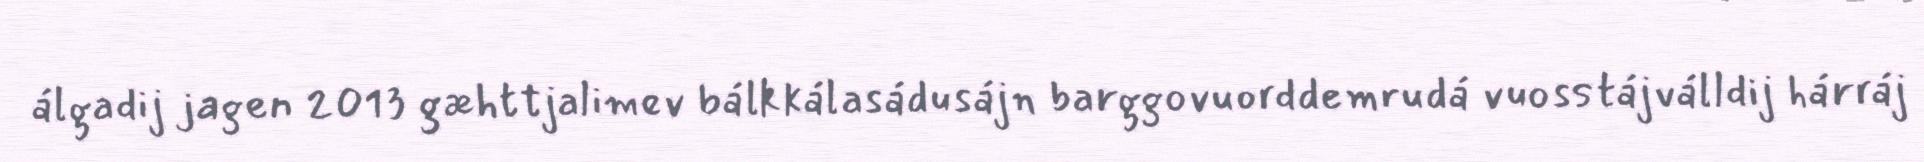
álgadij jagen 2013 gæhttjalimev bálkkálasádusájn barggovuorddemrudá vuosstájválldij hárráj